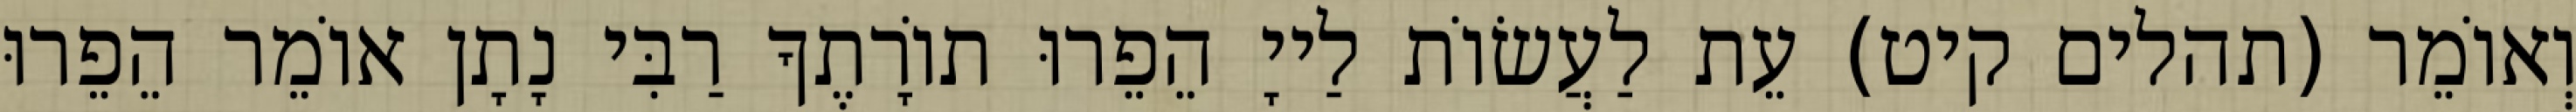
וְאוֹמֵר (תהלים קיט) עֵת לַעֲשׂוֹת לַייָ הֵפֵרוּ תוֹרָתֶךָ רַבִּי נָתָן אוֹמֵר הֵפֵרוּ